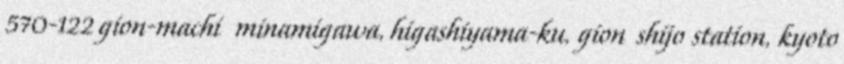
570-122 gion-machi minamigawa, higashiyama-ku, gion shijo station, kyoto